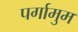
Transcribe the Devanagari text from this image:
पर्गामुम